Vaccination Hyderabad 1872-1889 - 1872-1889
Year: 1872
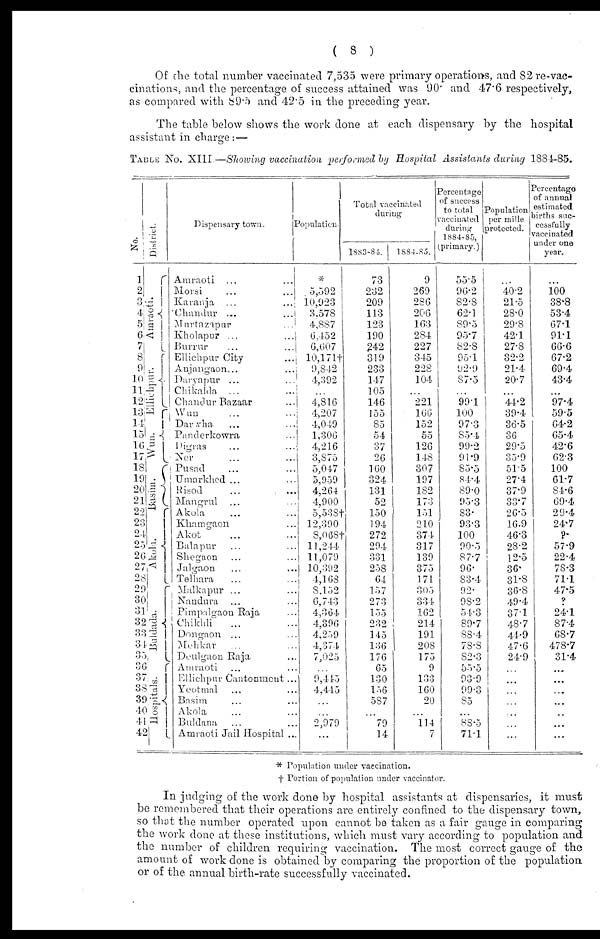
( 8 )
Of the total number vaccinated 7,535 were primary operations, and 82 re-vac-
cinations, and the percentage of success attained was 90. and 47.6 respectively,
as compared with 89.5 and 42.5 in the preceding year.
The table below shows the work done at each dispensary by the hospital
assistant in charge:—
TABLE No. XIII.—Showing vaccination performed by Hospital Assistants during 1884-85.
No.
1
2
3
4
5
6
7
8
9
10-
11
12
13
14
15
16
17
18
19
20
21
22
23
24
25
26
27
28
29
30
31
32
33
31
35
36
37
38
39
40
41
42
District.
Amraoti.
Ellichpur.
Wun.
Basim.
Akola.
Buldada.
Hospitals.
Dispensary town.
Amraoti ... ...
Morsi ... ...
Karanja ... ...
Chandur ...
...
Murtazapur
...
Kholapur ...
...
Burrur
...
...
Ellichpur City
...
Anjangaon... ...
Daryapur ... ...
Chikalda ... ...
Chandur Bazaar ...
Wun ...
Darwha
... ...
Panderkowra ...
Digras ... ...
Ner ... ...
Pusad ... ...
Umarkhed ... ...
Risod ... ...
Mangrul ... ...
Akola ... ...
Khamgaon ...
Akot ... ...
Balapur ... ...
Shegaon ... ...
Jalgaon ... ...
Telhara ... ...
Malkapur ... ...
Nandura ... ...
Pimpalgaon Raja ...
Chikhli
... ...
Dongaon ... ...
Mehkar
... ...
Deulgaon Raja ...
Amraoti ... ...
Ellichpur Cantonmeut...
Yeotmal ... ...
Basim ... ...
Akola ... ...
Buldana ... ...
Amraoti Jail Hospital ...
Population.
*
5,592
10,923
3,578
4,887
6,452
6,607
10,171†
9,842
4,392
...
4,816
4,207
4,019
1,306
4,216
3,875
5,047
5,959
4,264
4,900
5,538†
12,390
8,068†
11,244
11,079
10,392
4,163
8,152
6,743
4,364
4,390
4,259
4,374
7,025
...
9,445
4,445
...
...
2,979
...
Total vaccinated
during
1883-84.
73
232
209
113
123
190
242
319
233
147
105
146
155
85
54
37
26
160
324
131
52
150
194
272
294
331
258
64
157
273
155
232
145
136
176
65
130
156
587
...
79
14
1884-85.
9
269
286
206
163
284
227
345
228
104
...
221
166
152
55
126
148
307
197
182
173
151
210
374
317
139
375
171
305
334
162
214
191
208
175
9
133
160
20
...
114
7
Percentage
of success
to total
vaccinated
during
1884.85,
(primary.)
55.5
96.2
82.8
62.1
89.5
95.7
82.8
95.1
92.9
87.5
...
99.1
100
97.3
85.4
99.2
91.9
85.5
84.4
89.0
95.3
83.
93.3
100
90.5
87.7
96.
83.4
92.
98.2
54.3
89.7
88.4
78.8
82.3
55.5
93.9
99.3
85
...
88.5
71.1
Population
per mille
protected.
...
40.2
21.5
28.0
29.8
42.1
27.8
32.2
21.4
20.7
...
44.2
39.4
36.5
36
29.5
35.9
51.5
27.4
37.9
33.7
26.5
16.9
46.3
28.2
12.5
36.
31.8
36.8
49.4
37.1
48.7
44.9
47.6
24.9
...
...
...
...
...
...
...
Percentage
of annual
estimated
births suc-
cessfully
vaccinated
under one
year.
...
100 38.8
53.4
67.1
91.1
66.6
67.2
69.4
43.4
...
97.4
59.5
64.2
65.4
42.6
62.3
100
61.7
84.6
69.4
29.4
24.7
?.
57.9
22.4
78.3
71.1
47.5
?
24.1
87.4
68.7
478.7
31.4
...
...
...
...
...
...
...
* Population under vaccination.
† Portion of population under vaccinator.
In judging of the work done by hospital assistants at dispensaries, it must
be remembered that their operations are entirely confined to the dispensary town,
so that the number operated upon cannot be taken as a fair gauge in comparing
the work done at these institutions, which must vary according to population and
the number of children requiring vaccination. The most correct gauge of the
amount of work done is obtained by comparing the proportion of the population,
or of the annual birth-rate successfully vaccinated.